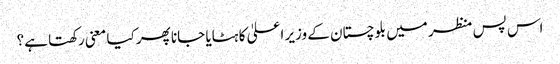
اس پس منظر میں بلوچستان کے وزیر اعلیٰ کا ہٹایا جانا پھر کیا معنی رکھتا ہے؟